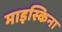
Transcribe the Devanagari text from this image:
माइस्किना